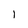
Character: l